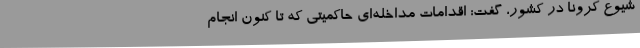
شیوع کرونا در کشور، گفت: اقدامات مداخله‌ای حاکمیتی که تا کنون انجام